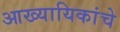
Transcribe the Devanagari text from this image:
आख्यायिकांचे